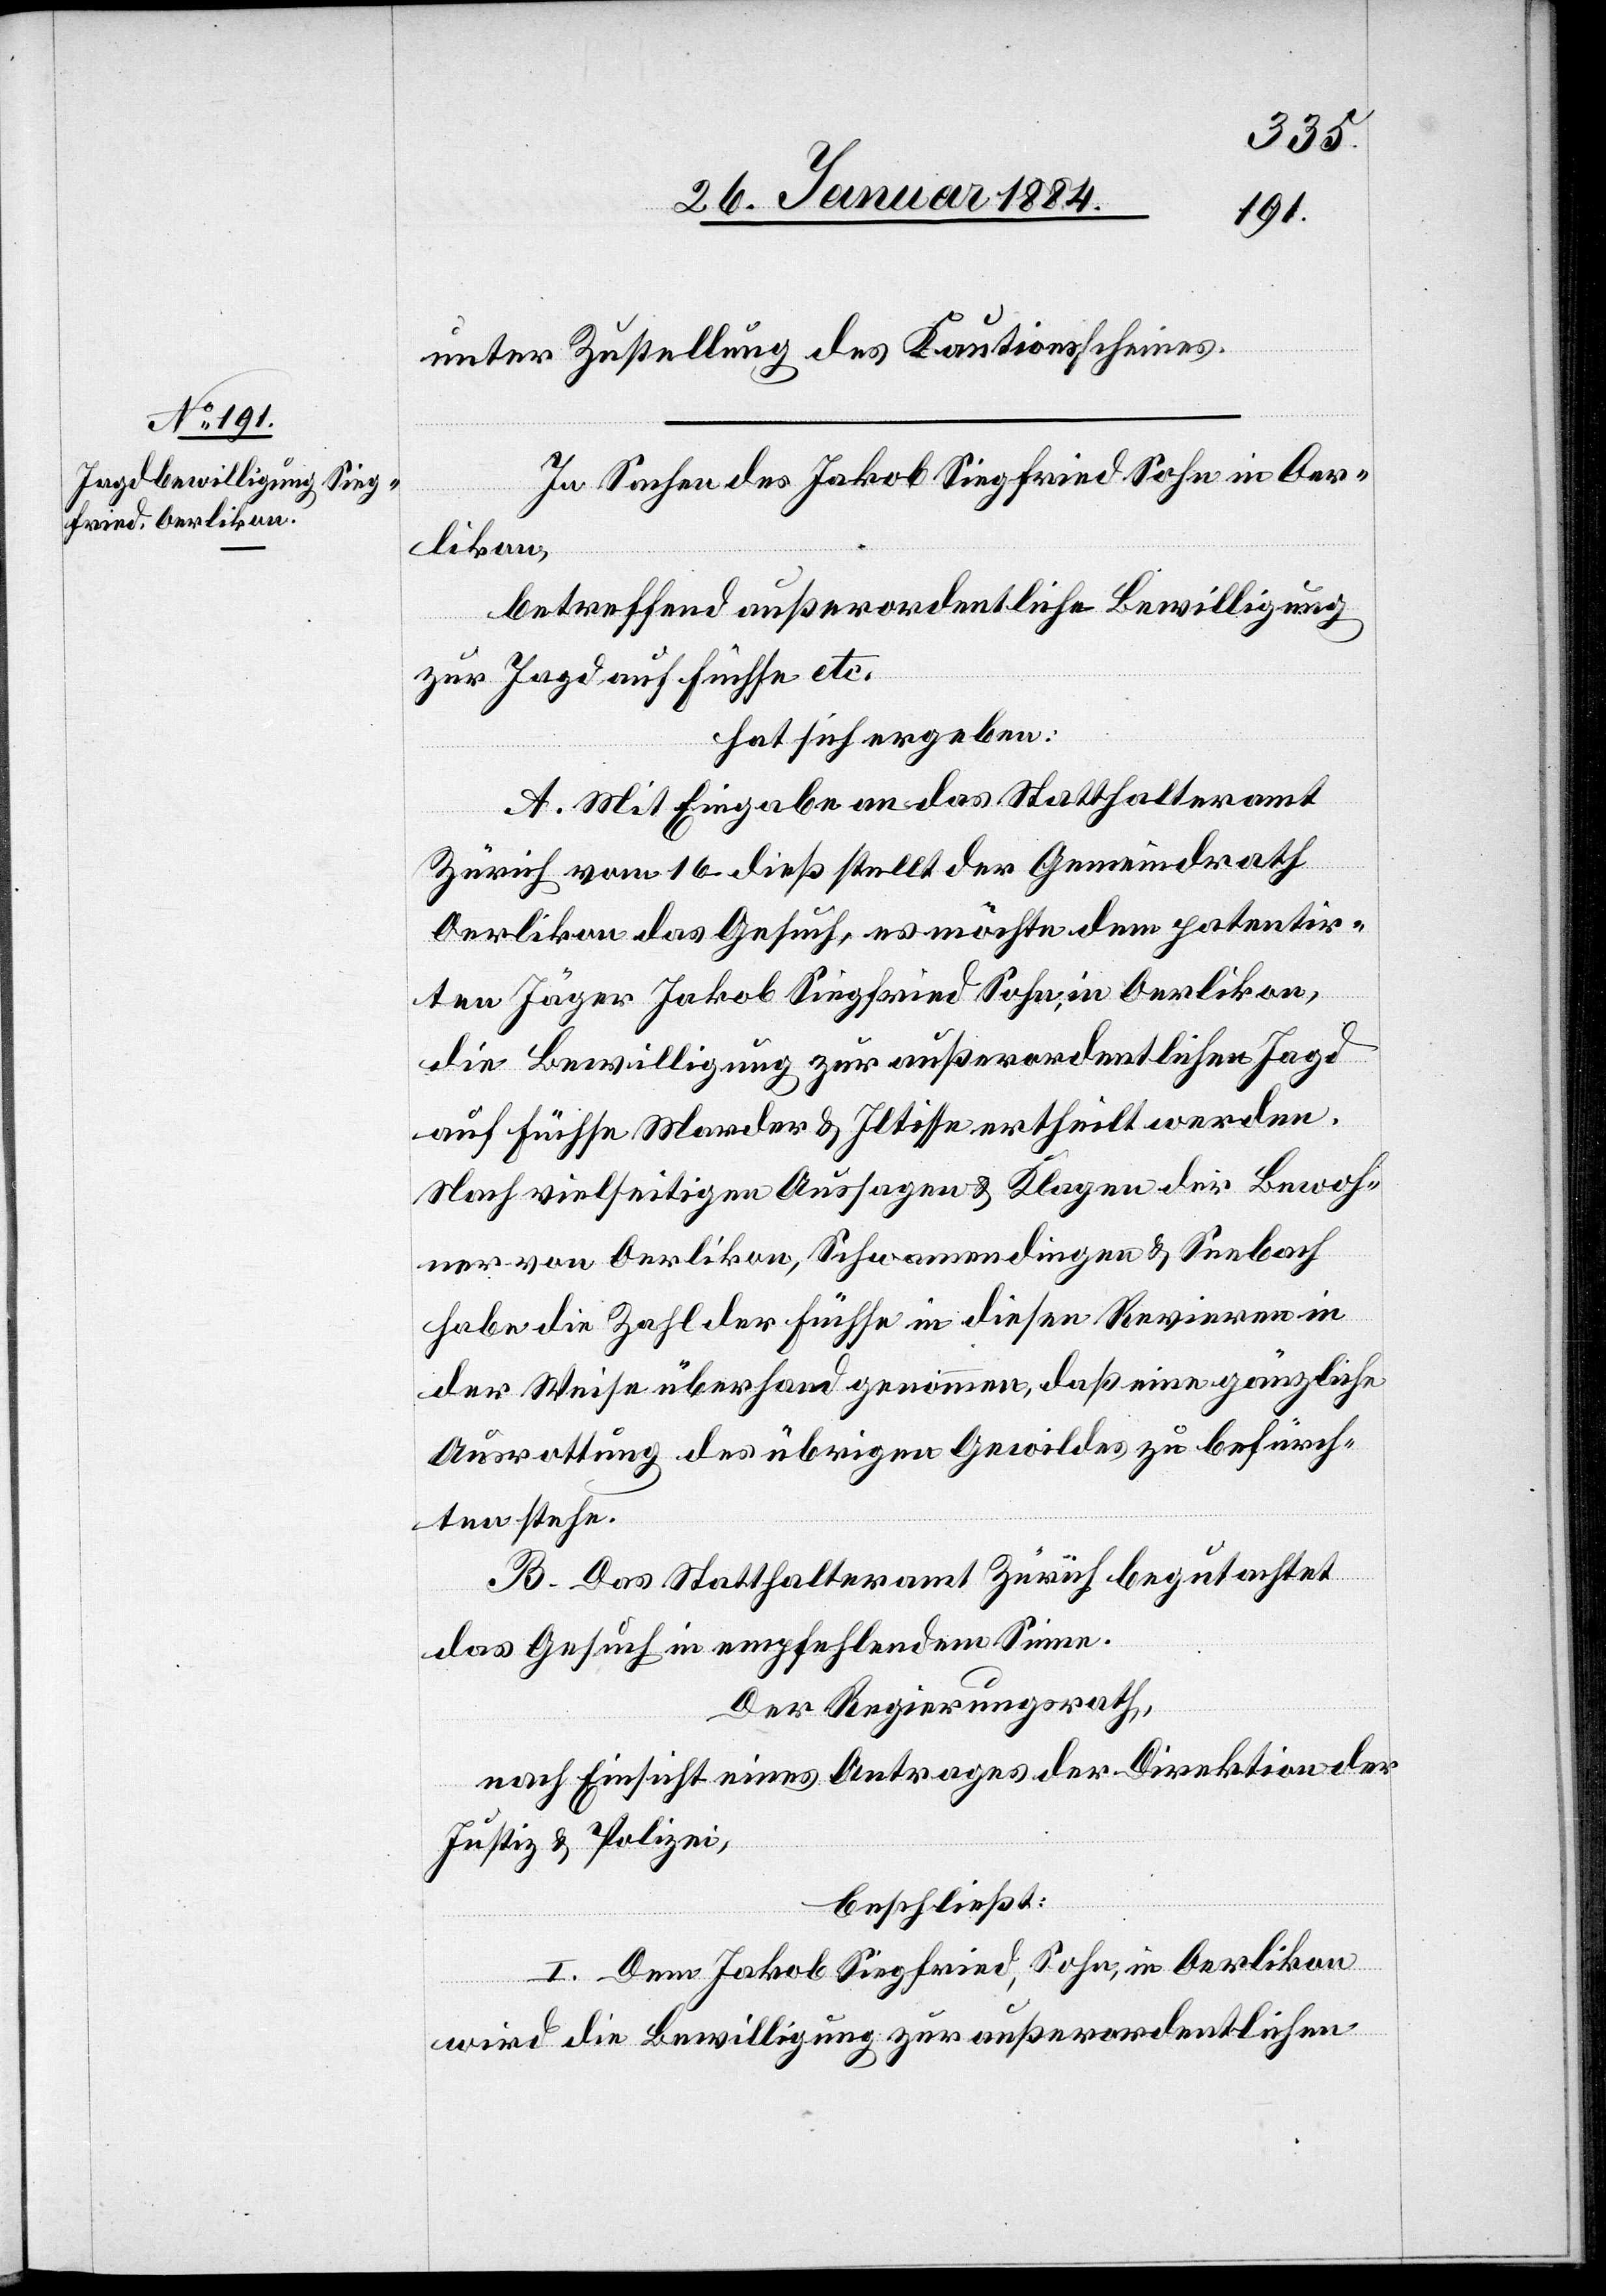
unter Zustellung des Kautionsscheines.
In Sachen des Jakob Siegfried Sohn in Oer¬
likon,
betreffend außerordentliche Bewilligung
zur Jagd auf Füchse etc.
hat sich ergeben:
A. Mit Eingabe an das Statthalteramt
Zürich vom 16. dieß stellt der Gemeindrath
Oerlikon das Gesuch, es möchte dem patentir¬
ten Jäger Jakob Siegfried Sohn, in Oerlikon,
die Bewilligung zur außerordentlichen Jagd
auf Füchse, Marder & Iltisse ertheilt werden.
Nach vielseitigen Aussagen & Klagen der Bewoh¬
ner von Oerlikon, Schwamendingen & Seebach
habe die Zahl der Füchse in diesen Revieren in
der Weise Überhand genommen, daß eine gänzliche
Ausrottung des übrigen Gewildes zu befürch¬
ten stehe.
B. Das Statthalteramt Zürich begutachtet
das Gesuch im empfehlendem Sinne.
Der Regierungsrath,
nach Einsicht eines Antrages der Direktion der
Justiz & Polizei,
beschließt:
I. Dem Jakob Siegfried, Sohn, in Oerlikon
wird die Bewilligung zur außerordentlichen